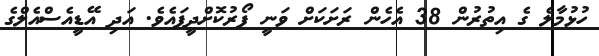
ހުޅުމާލެ ގެ އިތުރުން 38 އެހެން ރަށަކަށް ވަނީ ފޯރުކޮށްދީފައެވެ. އަދި އޭޑީއެސްއެލްގެ